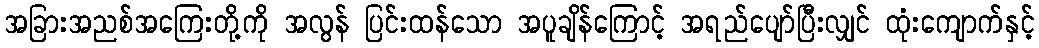
အခြားအညစ်အကြေးတို့ကို အလွန် ပြင်းထန်သော အပူချိန်ကြောင့် အရည်ပျော်ပြီးလျှင် ထုံးကျောက်နှင့်